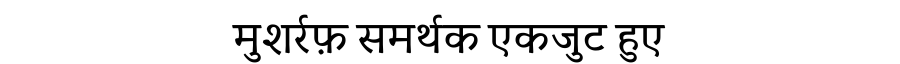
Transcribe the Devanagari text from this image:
मुशर्रफ़ समर्थक एकजुट हुए